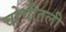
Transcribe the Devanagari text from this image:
चोचीतली